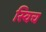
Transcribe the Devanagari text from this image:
स्‍विच